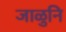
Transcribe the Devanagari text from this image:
जाळुनि